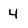
Character: 4